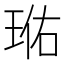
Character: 𭹐